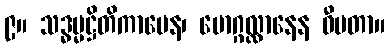
၉။ သဒ္ဓမ္မဋ္ဌိတိကာမေန၊ မောဂ္ဂလ္လာနေန ဓီမတာ။